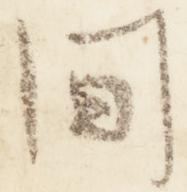
間